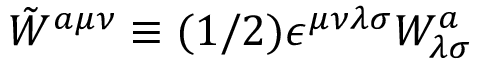
\tilde { W } ^ { a \mu \nu } \equiv ( 1 / 2 ) \epsilon ^ { \mu \nu \lambda \sigma } W _ { \lambda \sigma } ^ { a }